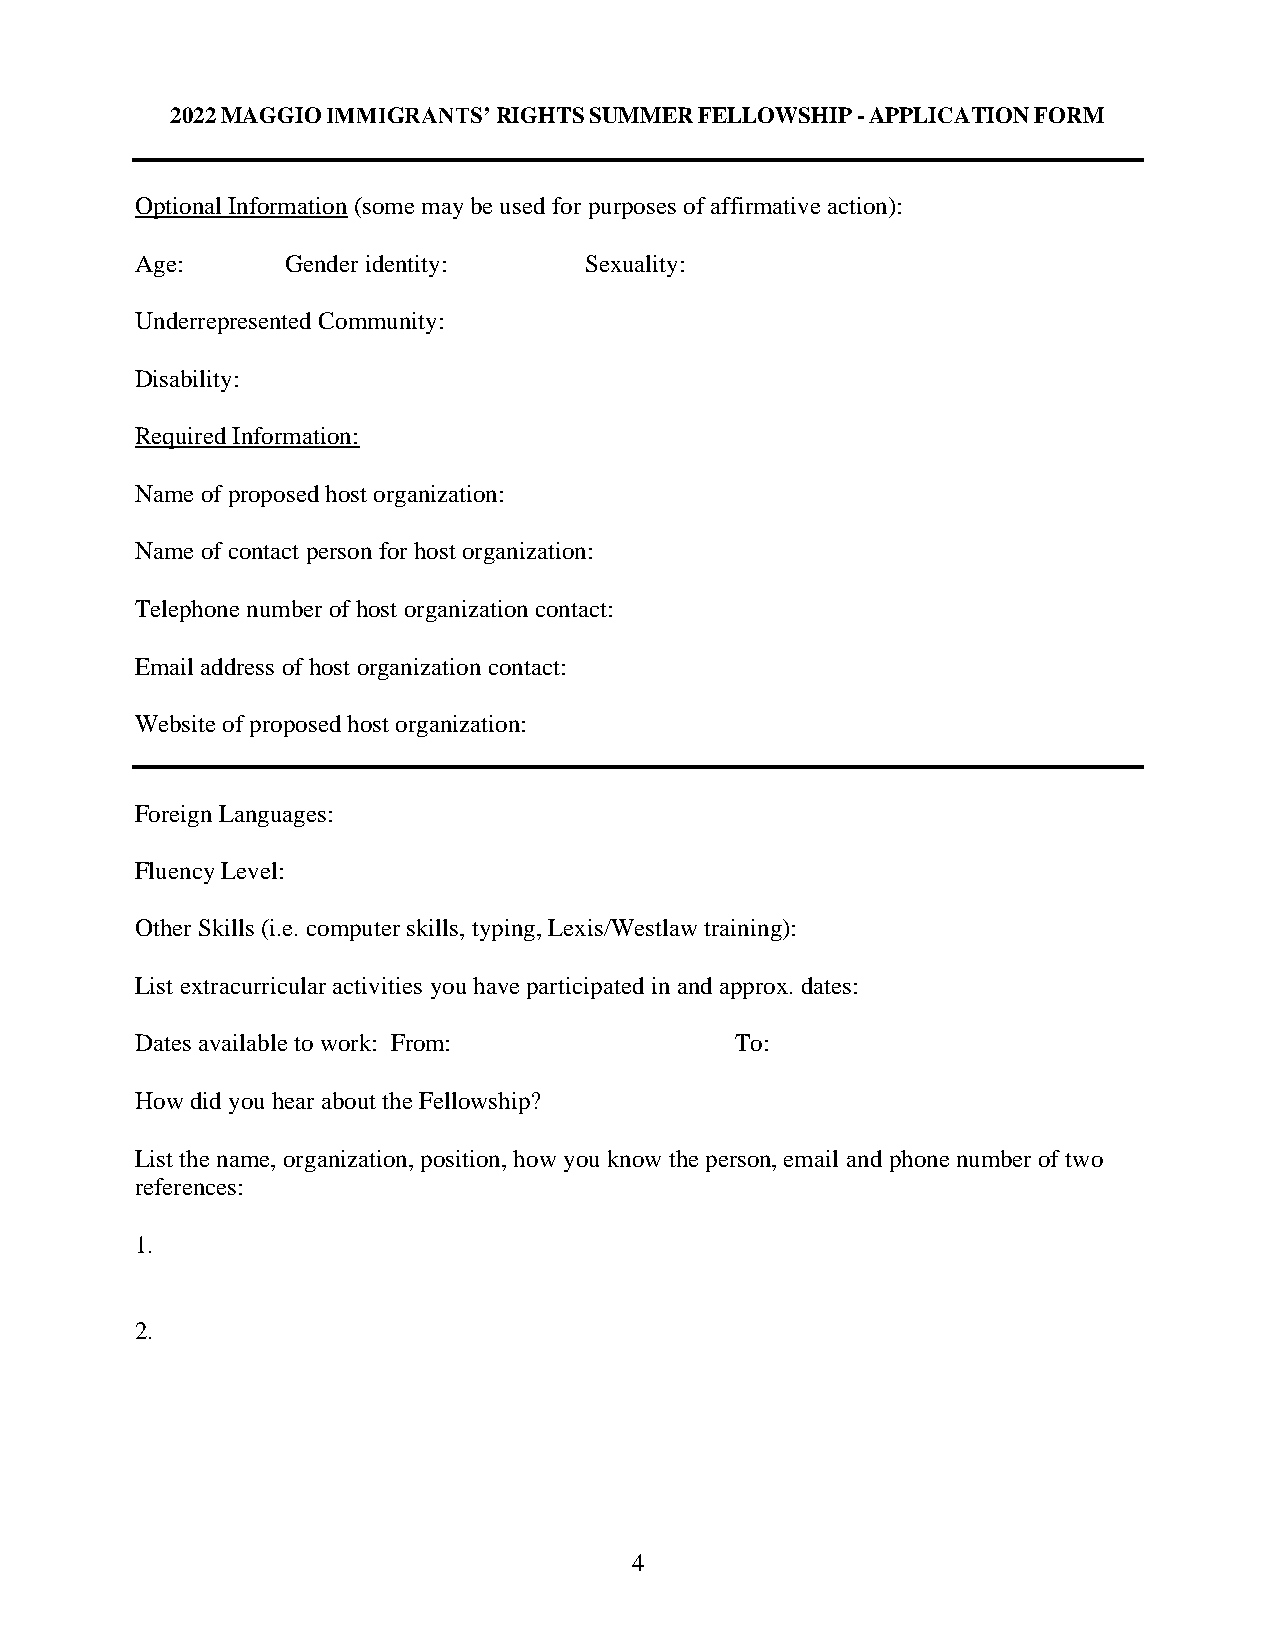
2022 MAGGIO IMMIGRANTS’ RIGHTS SUMMER FELLOWSHIP - APPLICATION FORM
 Optional Information (some may be used for purposes of affirmative action):
 Age:      Gender identity:    Sexuality:
 Underrepresented Community:
 Disability:
 Required Information:
 Name of proposed host organization:
 Name of contact person for host organization:
 Telephone number of host organization contact:
 Email address of host organization contact:
 Website of proposed host organization:
 Foreign Languages:
 Fluency Level:
 Other Skills (i.e. computer skills, typing, Lexis/Westlaw training):
 List extracurricular activities you have participated in and approx. dates:
 Dates available to work: From:          To:
 How did you hear about the Fellowship?
 List the name, organization, position, how you know the person, email and phone number of two
 references:
 1.
 2.
 4